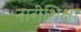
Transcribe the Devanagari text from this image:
नारीशिक्षा